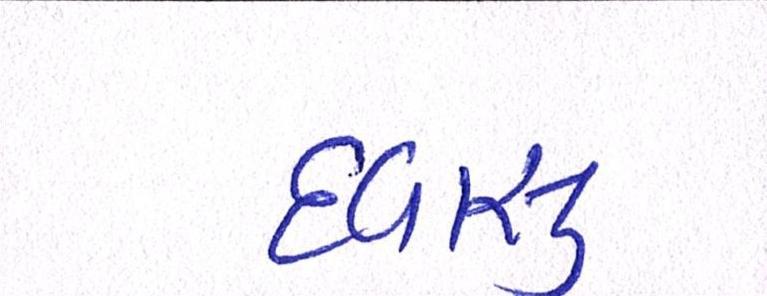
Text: દવાસુ